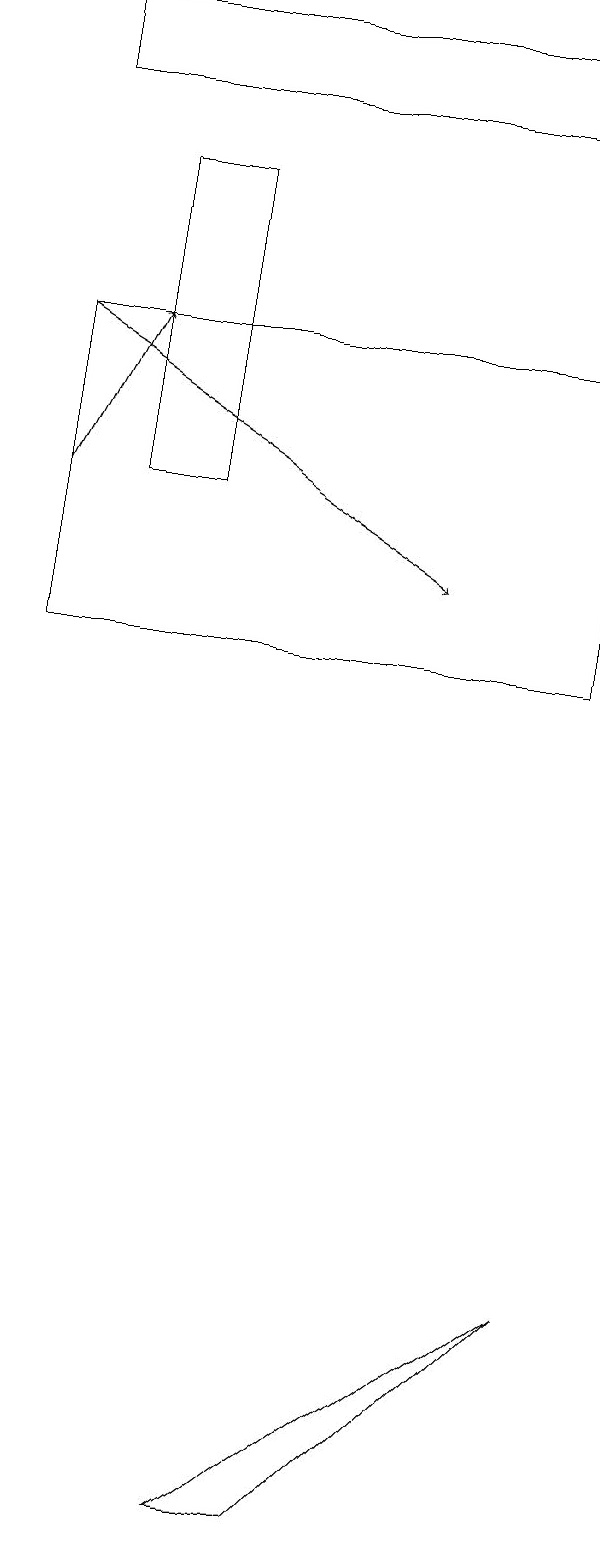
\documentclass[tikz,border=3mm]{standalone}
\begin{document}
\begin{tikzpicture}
\draw (7,15) rectangle (0,11);
\draw (2,17) rectangle (1,13);
\draw (7,3) -- (4,0) -- (3,0) -- cycle;
\draw[->] (0,13) -- (1,15);
\draw[->] (0,15) -- (5,12);
\draw (0,18) rectangle (6,19);
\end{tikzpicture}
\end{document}